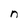
Character: n